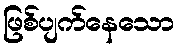
ဖြစ်ပျက်နေသော